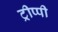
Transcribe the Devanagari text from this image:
ट्रीप्पी